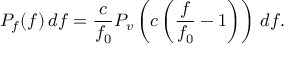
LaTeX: P _ { f } ( f ) \, d f = { \frac { c } { f _ { 0 } } } P _ { v } \left( c \left( { \frac { f } { f _ { 0 } } } - 1 \right) \right) \, d f .